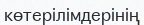
көтерілімдерінің